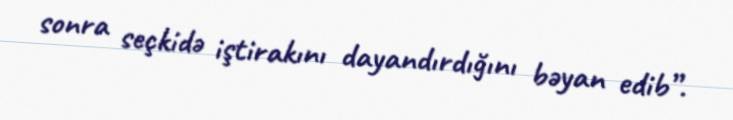
sonra seçkidə iştirakını dayandırdığını bəyan edib”.